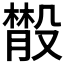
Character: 𣫄